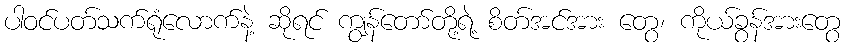
ပါဝင်ပတ်သက်ရုံလောက်နဲ့ ဆိုရင် ကျွန်တော်တို့ရဲ့ စိတ်အင်အား တွေ၊ ကိုယ်ခွန်အားတွေ